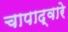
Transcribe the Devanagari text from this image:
चापाद्वारे